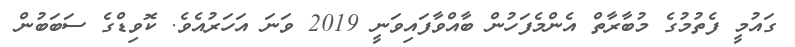
ގައުމީ ފެތުމުގެ މުބާރާތް އެންމެފަހުން ބާއްވާފައިވަނީ 2019 ވަނަ އަހަރުއެވެ. ކޮވިޑްގެ ސަބަބުން